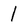
Character: I